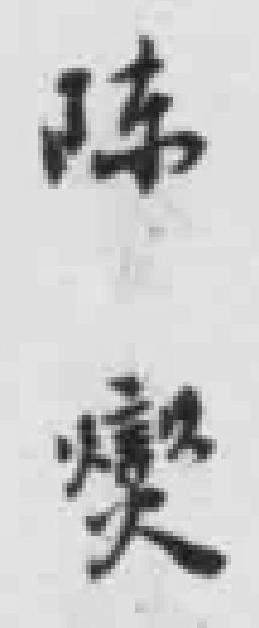
陈燮